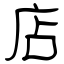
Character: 店